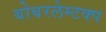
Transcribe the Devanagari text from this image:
बोबरलेम्टक्प